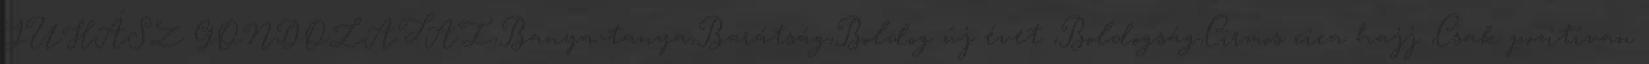
JUHÁSZ GONDOLATAI,Banya-tanya,Barátság,Boldog új évet ,Boldogság,Cirmos cica hajj ,Csak pozitívan